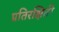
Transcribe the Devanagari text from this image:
प्रतिरक्षिती